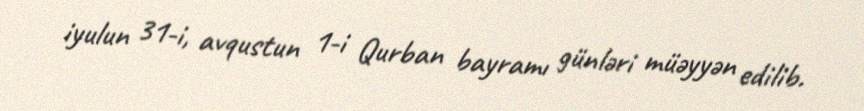
iyulun 31-i, avqustun 1-i Qurban bayramı günləri müəyyən edilib.